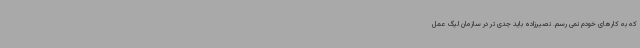
که به کارهای خودم نمی رسم. نصیرزاده باید جدی تر در سازمان لیگ عمل